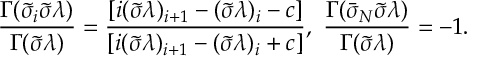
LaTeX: \frac { \Gamma ( \tilde { \sigma } _ { i } \tilde { \sigma } \lambda ) } { \Gamma ( \tilde { \sigma } \lambda ) } = \frac { [ i ( \tilde { \sigma } \lambda ) _ { i + 1 } - ( \tilde { \sigma } \lambda ) _ { i } - c ] } { [ i ( \tilde { \sigma } \lambda ) _ { i + 1 } - ( \tilde { \sigma } \lambda ) _ { i } + c ] } , \, \, \frac { \Gamma ( \bar { \sigma } _ { N } \tilde { \sigma } \lambda ) } { \Gamma ( \tilde { \sigma } \lambda ) } = - 1 .